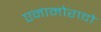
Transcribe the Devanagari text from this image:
एनामोरादो